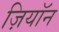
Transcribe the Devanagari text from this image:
ज़ियॉन